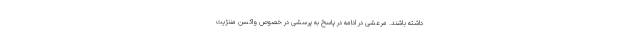
داشته باشند. مرعشی در ادامه در پاسخ به پرسشی در خصوص واکسن مننژیت